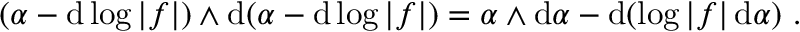
( \alpha - \mathrm { d } \log | f | ) \wedge \mathrm { d } ( \alpha - \mathrm { d } \log | f | ) = \alpha \wedge \mathrm { d } \alpha - \mathrm { d } ( \log | f | \, \mathrm { d } \alpha ) \ .